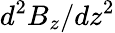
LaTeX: d^{2}B_{z}/dz^{2}